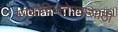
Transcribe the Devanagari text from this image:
स्पर्धाविजेतेपदासाठी